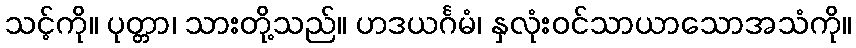
သင့်ကို။ ပုတ္တာ၊ သားတို့သည်။ ဟဒယင်္ဂမံ၊ နှလုံးဝင်သာယာသောအသံကို။